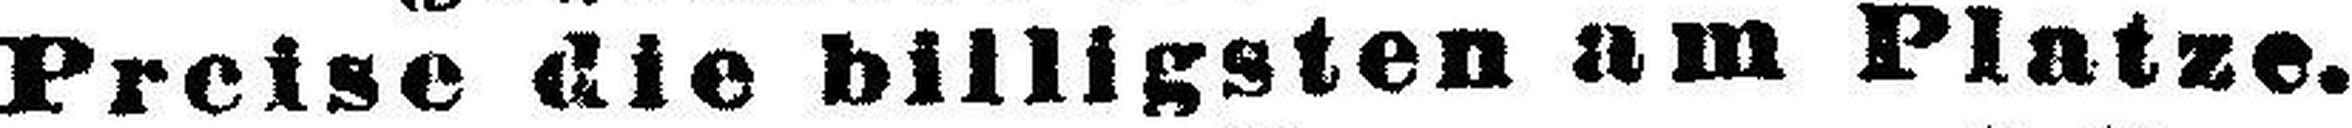
Preise die billigsten am Platze.